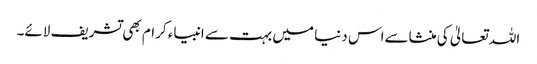
اللہ تعالیٰ کی منشاسےاس دنیا میں بہت سے انبیاء کرام بھی تشریف لائے۔